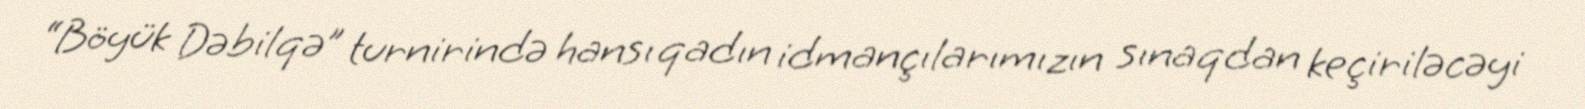
“Böyük Dəbilqə” turnirində hansı qadın idmançılarımızın sınaqdan keçiriləcəyi